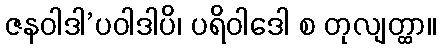
ဇနဝါဒါ’ပဝါဒါပိ၊ ပရိဝါဒေါ စ တုလျတ္ထာ။